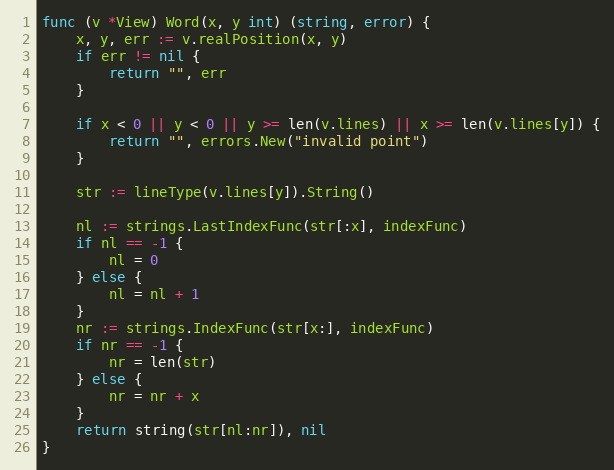
Language: Go
func (v *View) Word(x, y int) (string, error) {
	x, y, err := v.realPosition(x, y)
	if err != nil {
		return "", err
	}

	if x < 0 || y < 0 || y >= len(v.lines) || x >= len(v.lines[y]) {
		return "", errors.New("invalid point")
	}

	str := lineType(v.lines[y]).String()

	nl := strings.LastIndexFunc(str[:x], indexFunc)
	if nl == -1 {
		nl = 0
	} else {
		nl = nl + 1
	}
	nr := strings.IndexFunc(str[x:], indexFunc)
	if nr == -1 {
		nr = len(str)
	} else {
		nr = nr + x
	}
	return string(str[nl:nr]), nil
}